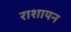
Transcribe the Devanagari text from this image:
राशायन